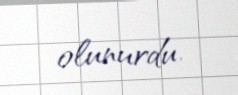
olunurdu.